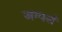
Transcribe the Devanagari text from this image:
जम्पर्स